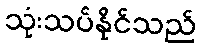
သုံးသပ်နိုင်သည်